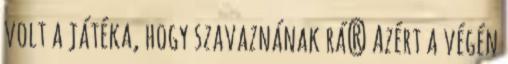
volt a játéka, hogy szavaznának rá? Azért a végén